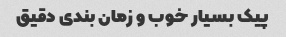
پیک بسیار خوب و زمان بندی دقیق